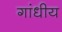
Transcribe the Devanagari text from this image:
गांधीय